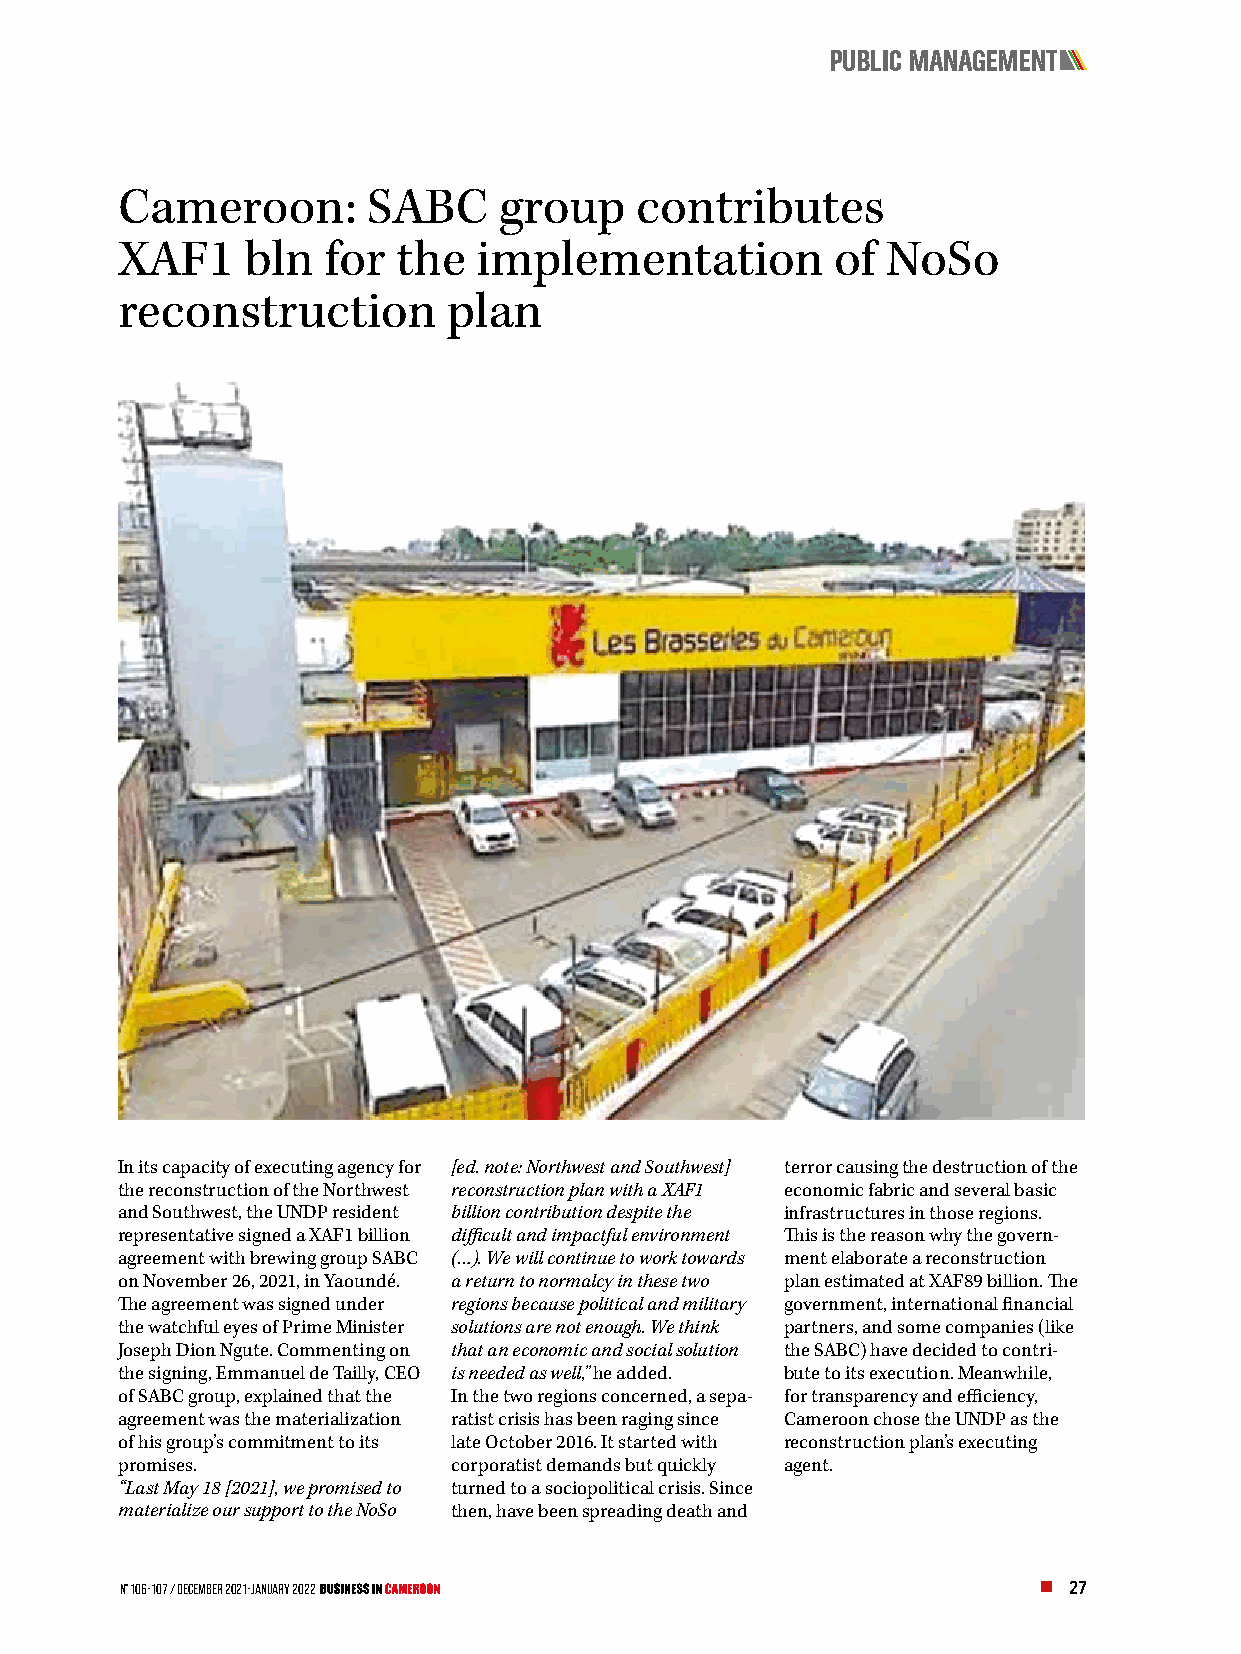
PUBLIC MANAGEMENT
 Cameroon:       SABC     group    contributes
 XAF1    bln  for  the   implementation         of  NoSo
 reconstruction        plan
 In its capacity of executing agency for [ed. note: Northwest and Southwest] terror causing the destruction of the
 the reconstruction of the Northwest reconstruction plan with a XAF1 economic fabric and several basic
 and Southwest, the UNDP resident billion contribution despite the infrastructures in those regions.
 representative signed a XAF1 billion difficult and impactful environment This is the reason why the govern-
 agreement with brewing group SABC (…). We will continue to work towards ment elaborate a reconstruction
 on November 26, 2021, in Yaoundé. a return to normalcy in these two plan estimated at XAF89 billion. The
 The agreement was signed under regions because political and military government, international financial
 the watchful eyes of Prime Minister solutions are not enough. We think partners, and some companies (like
 Joseph Dion Ngute. Commenting on that an economic and social solution the SABC) have decided to contri-
 the signing, Emmanuel de Tailly, CEO is needed as well,” he added. bute to its execution. Meanwhile,
 of SABC group, explained that the In the two regions concerned, a sepa- for transparency and efficiency,
 agreement was the materialization ratist crisis has been raging since Cameroon chose the UNDP as the
 of his group’s commitment to its late October 2016. It started with reconstruction plan’s executing
 promises.             corporatist demands but quickly agent.
 “Last May 18 [2021], we promised to turned to a sociopolitical crisis. Since
 materialize our support to the NoSo then, have been spreading death and
 N° 106-107 / December 2021-January 2022                        27